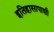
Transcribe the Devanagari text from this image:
इतिहासापाशी